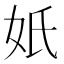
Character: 𡚼